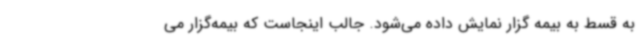
به قسط به بیمه گزار نمایش داده می‌شود. جالب اینجاست که بیمه‌گزار می